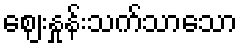
ဈေးနှုန်းသက်သာသော